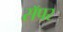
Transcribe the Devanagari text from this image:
सॅपर